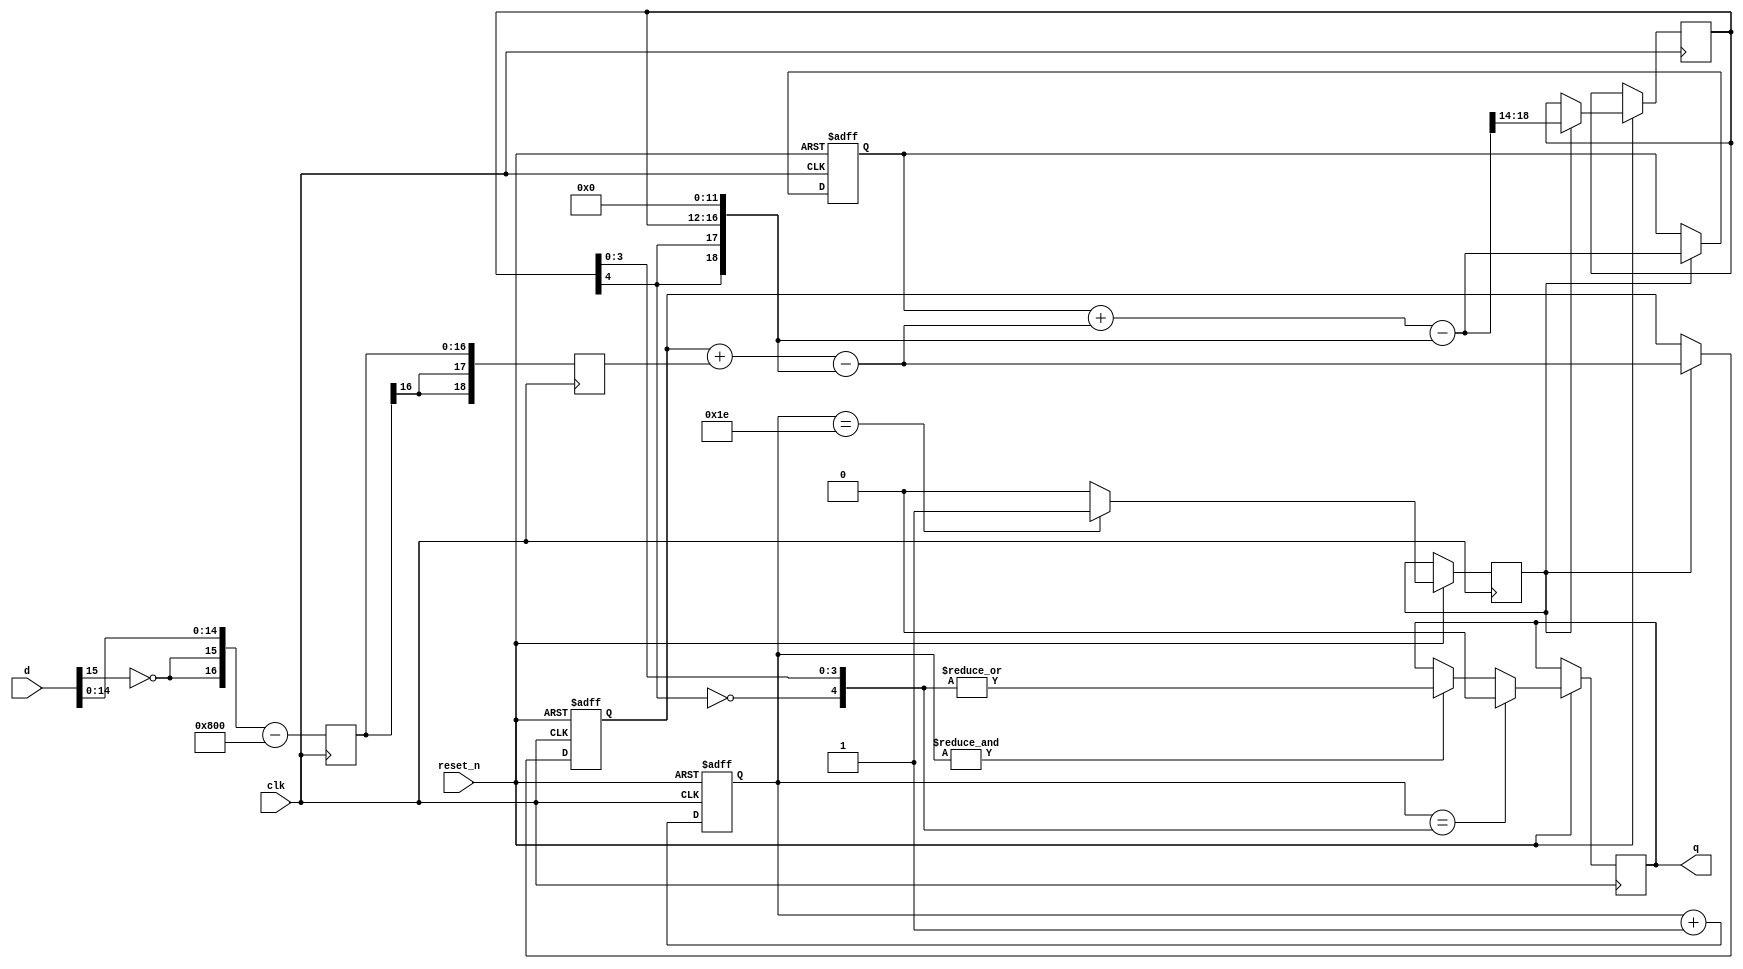
// Simplistic 2nd order Sigma Delta DAC with 5-bit PWM as an output stage
// Copyright (c) 2022 by Alastair M. Robinson
//
// This program is free software: you can redistribute it and/or modify
// it under the terms of the GNU General Public License as published by
// the Free Software Foundation, either version 3 of the License, or
// (at your option) any later version.
//
// This program is distributed in the hope that they will
// be useful, but WITHOUT ANY WARRANTY; without even the implied warranty
// of MERCHANTABILITY or FITNESS FOR A PARTICULAR PURPOSE.  See the
// GNU General Public License for more details.
//
// You should have received a copy of the GNU General Public License
// along with this program.  If not, see <https://www.gnu.org/licenses/>


module hybrid_2ndorder #(parameter signalwidth=16)
(
	input clk,
	input reset_n,
	input [signalwidth-1:0] d, // Unsigned data in
	output q
);

	reg newval;
 
	reg [signalwidth+2:0] acc1;
	reg [signalwidth+2:0] acc2;

	reg [4:0] pwmthreshold;
	reg [signalwidth+1:0] d_offset;
	reg [signalwidth+2:0] d_ext;
	
	always @(posedge clk) begin
		// Convert unsigned to signed data
		d_offset <= {{2{!d[signalwidth-1]}},d[signalwidth-2:0]} - {7'h1,{signalwidth-5{1'b0}}}; // Offset to correct for slight asymmetry in PWM
		d_ext <= {{3{d_offset[signalwidth]}},d_offset[signalwidth-1:0]}; // Sign extend
	end
			
	always @(posedge clk or negedge reset_n) begin
		if (!reset_n) begin
			acc1={signalwidth+3{1'b0}};
			acc2={signalwidth+3{1'b0}};
		end	else begin
			if(newval) begin
				acc1 = acc1 + d_ext - {{3{pwmthreshold[4]}},pwmthreshold[3:0],{signalwidth-4{1'b0}}};
				acc2 = acc2 + acc1  - {{3{pwmthreshold[4]}},pwmthreshold[3:0],{signalwidth-4{1'b0}}};

				pwmthreshold <= acc2[signalwidth+2:signalwidth-2];
			end
		end
	end
		
	reg q_i;
	reg [4:0] pwmcounter;
	wire [4:0] pwmt;
	
	assign pwmt = {!pwmthreshold[4],pwmthreshold[3:0]}; // Convert back to unsigned

	always @(posedge clk or negedge reset_n) begin
		if(!reset_n)
			pwmcounter<=5'b0;
		else begin
			newval <= 1'b0;

			pwmcounter<=pwmcounter+1;

			if(pwmcounter==5'h1e) begin
				newval<=1'b1;
			end
			if(&pwmcounter) begin
				q_i <= |pwmt;
			end
			if(pwmcounter==pwmt)
				q_i<=1'b0;
			
		end			
	end

	assign q=q_i;
		
endmodule